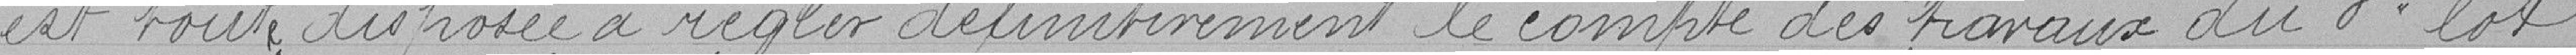
est toute disposée à régler définitivement le compte des travaux du 3ème lot